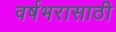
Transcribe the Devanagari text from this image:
वर्षभरासाठी